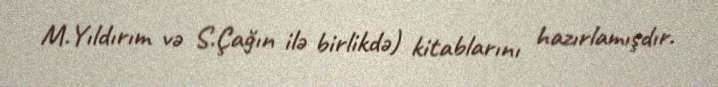
M.Yıldırım və S.Çağın ilə birlikdə) kitablarını hazırlamışdır.